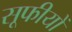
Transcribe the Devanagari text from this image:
सूफीयों